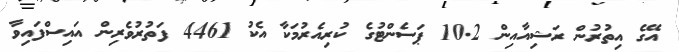
އޭގެ އިތުރުން ރަޝިއާއިން 10.2 ޕަސެންޓުގެ ކުރިއެރުމަކާ އެކު 4461 ފަތުރުވެރިން އައިސްފައިވާ